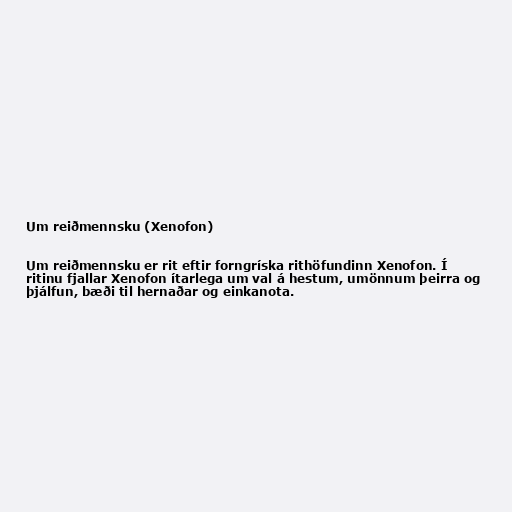
Um reiðmennsku (Xenofon)

Um reiðmennsku er rit eftir forngríska rithöfundinn Xenofon. Í
ritinu fjallar Xenofon ítarlega um val á hestum, umönnum þeirra og
þjálfun, bæði til hernaðar og einkanota.